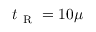
t _ { \mathrm { ~ R ~ } } = 1 0 \mu